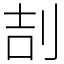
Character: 㓤